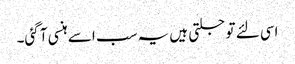
اسی لئے تو جلتی ہیں یہ سب اسے ہنسی آ گئی۔